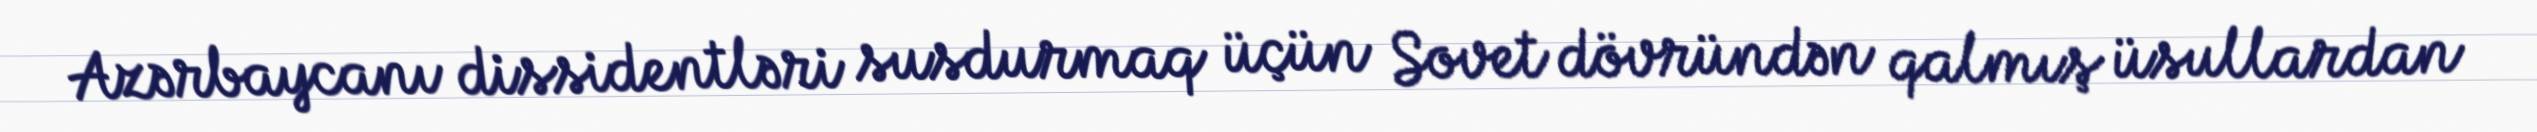
Azərbaycanı dissidentləri susdurmaq üçün Sovet dövründən qalmış üsullardan